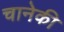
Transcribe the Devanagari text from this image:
चानेकी